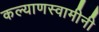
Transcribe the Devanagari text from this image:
कल्याणस्वामीनी